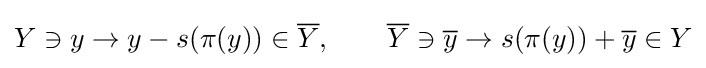
Y\ni y\to y-s(\pi (y))\in {\overline {Y}},\qquad {\overline {Y}}\ni {\overline {y}}\to s(\pi (y))+{\overline {y}}\in Y